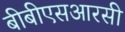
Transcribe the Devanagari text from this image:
बीबीएसआरसी